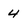
Character: 4